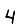
Digit: 4